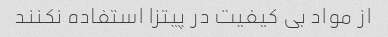
از مواد بی کیفیت در پیتزا استفاده نکنند